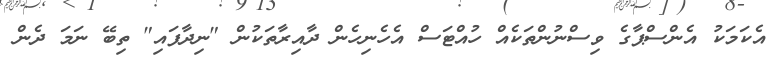
އެކަމަކު އެންސްޕާގެ ވިސްނުންތަކެއް ހުއްޓަސް އެހެނިހެން ދާއިރާތަކުން "ނިދާފައި" ތިބޭ ނަމަ ދެން